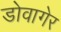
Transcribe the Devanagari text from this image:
डोवागेर